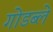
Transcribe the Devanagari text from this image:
गोडब्ले